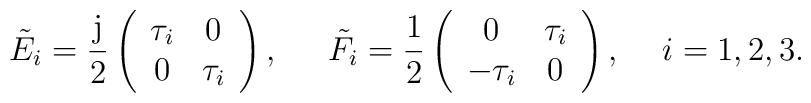
{\tilde E}_i = \frac{{\rm j}}{2}\left(\begin{array}{cc} \tau_i & 0 \\ 0 & \tau_i\end{array}\right),\hspace{6mm} {\tilde F}_i = \frac{1}{2}\left(\begin{array}{cc} 0 & \tau_i  \\ -\tau_i & 0\end{array}\right), \hspace{5mm} i=1,2,3.